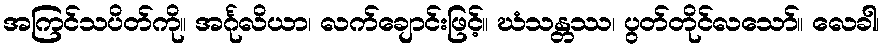
အကြင်သပိတ်ကို။ အင်္ဂုလိယာ၊ လက်ချောင်းဖြင့်။ ဃံသန္တဿ၊ ပွတ်တိုင်လသော်။ လေခါ၊